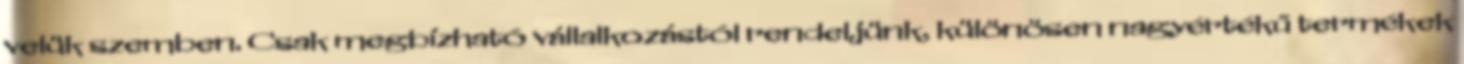
velük szemben. Csak megbízható vállalkozástól rendeljünk, különösen nagyértékű termékek